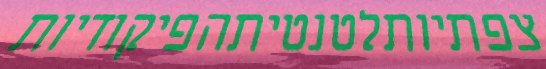
צפתיותלטנטיתהפיקודיות